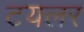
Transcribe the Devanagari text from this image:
टयलर